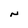
Character: N